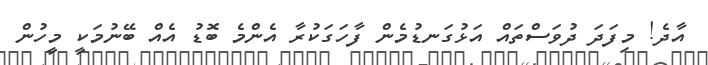
އާދެ! މިފަދަ ދުވަސްތައް އަޅުގަނޑުމެން ފާހަގަކުރާ އެންމެ ބޮޑު އެއް ބޭނުމަކީ މީހުން